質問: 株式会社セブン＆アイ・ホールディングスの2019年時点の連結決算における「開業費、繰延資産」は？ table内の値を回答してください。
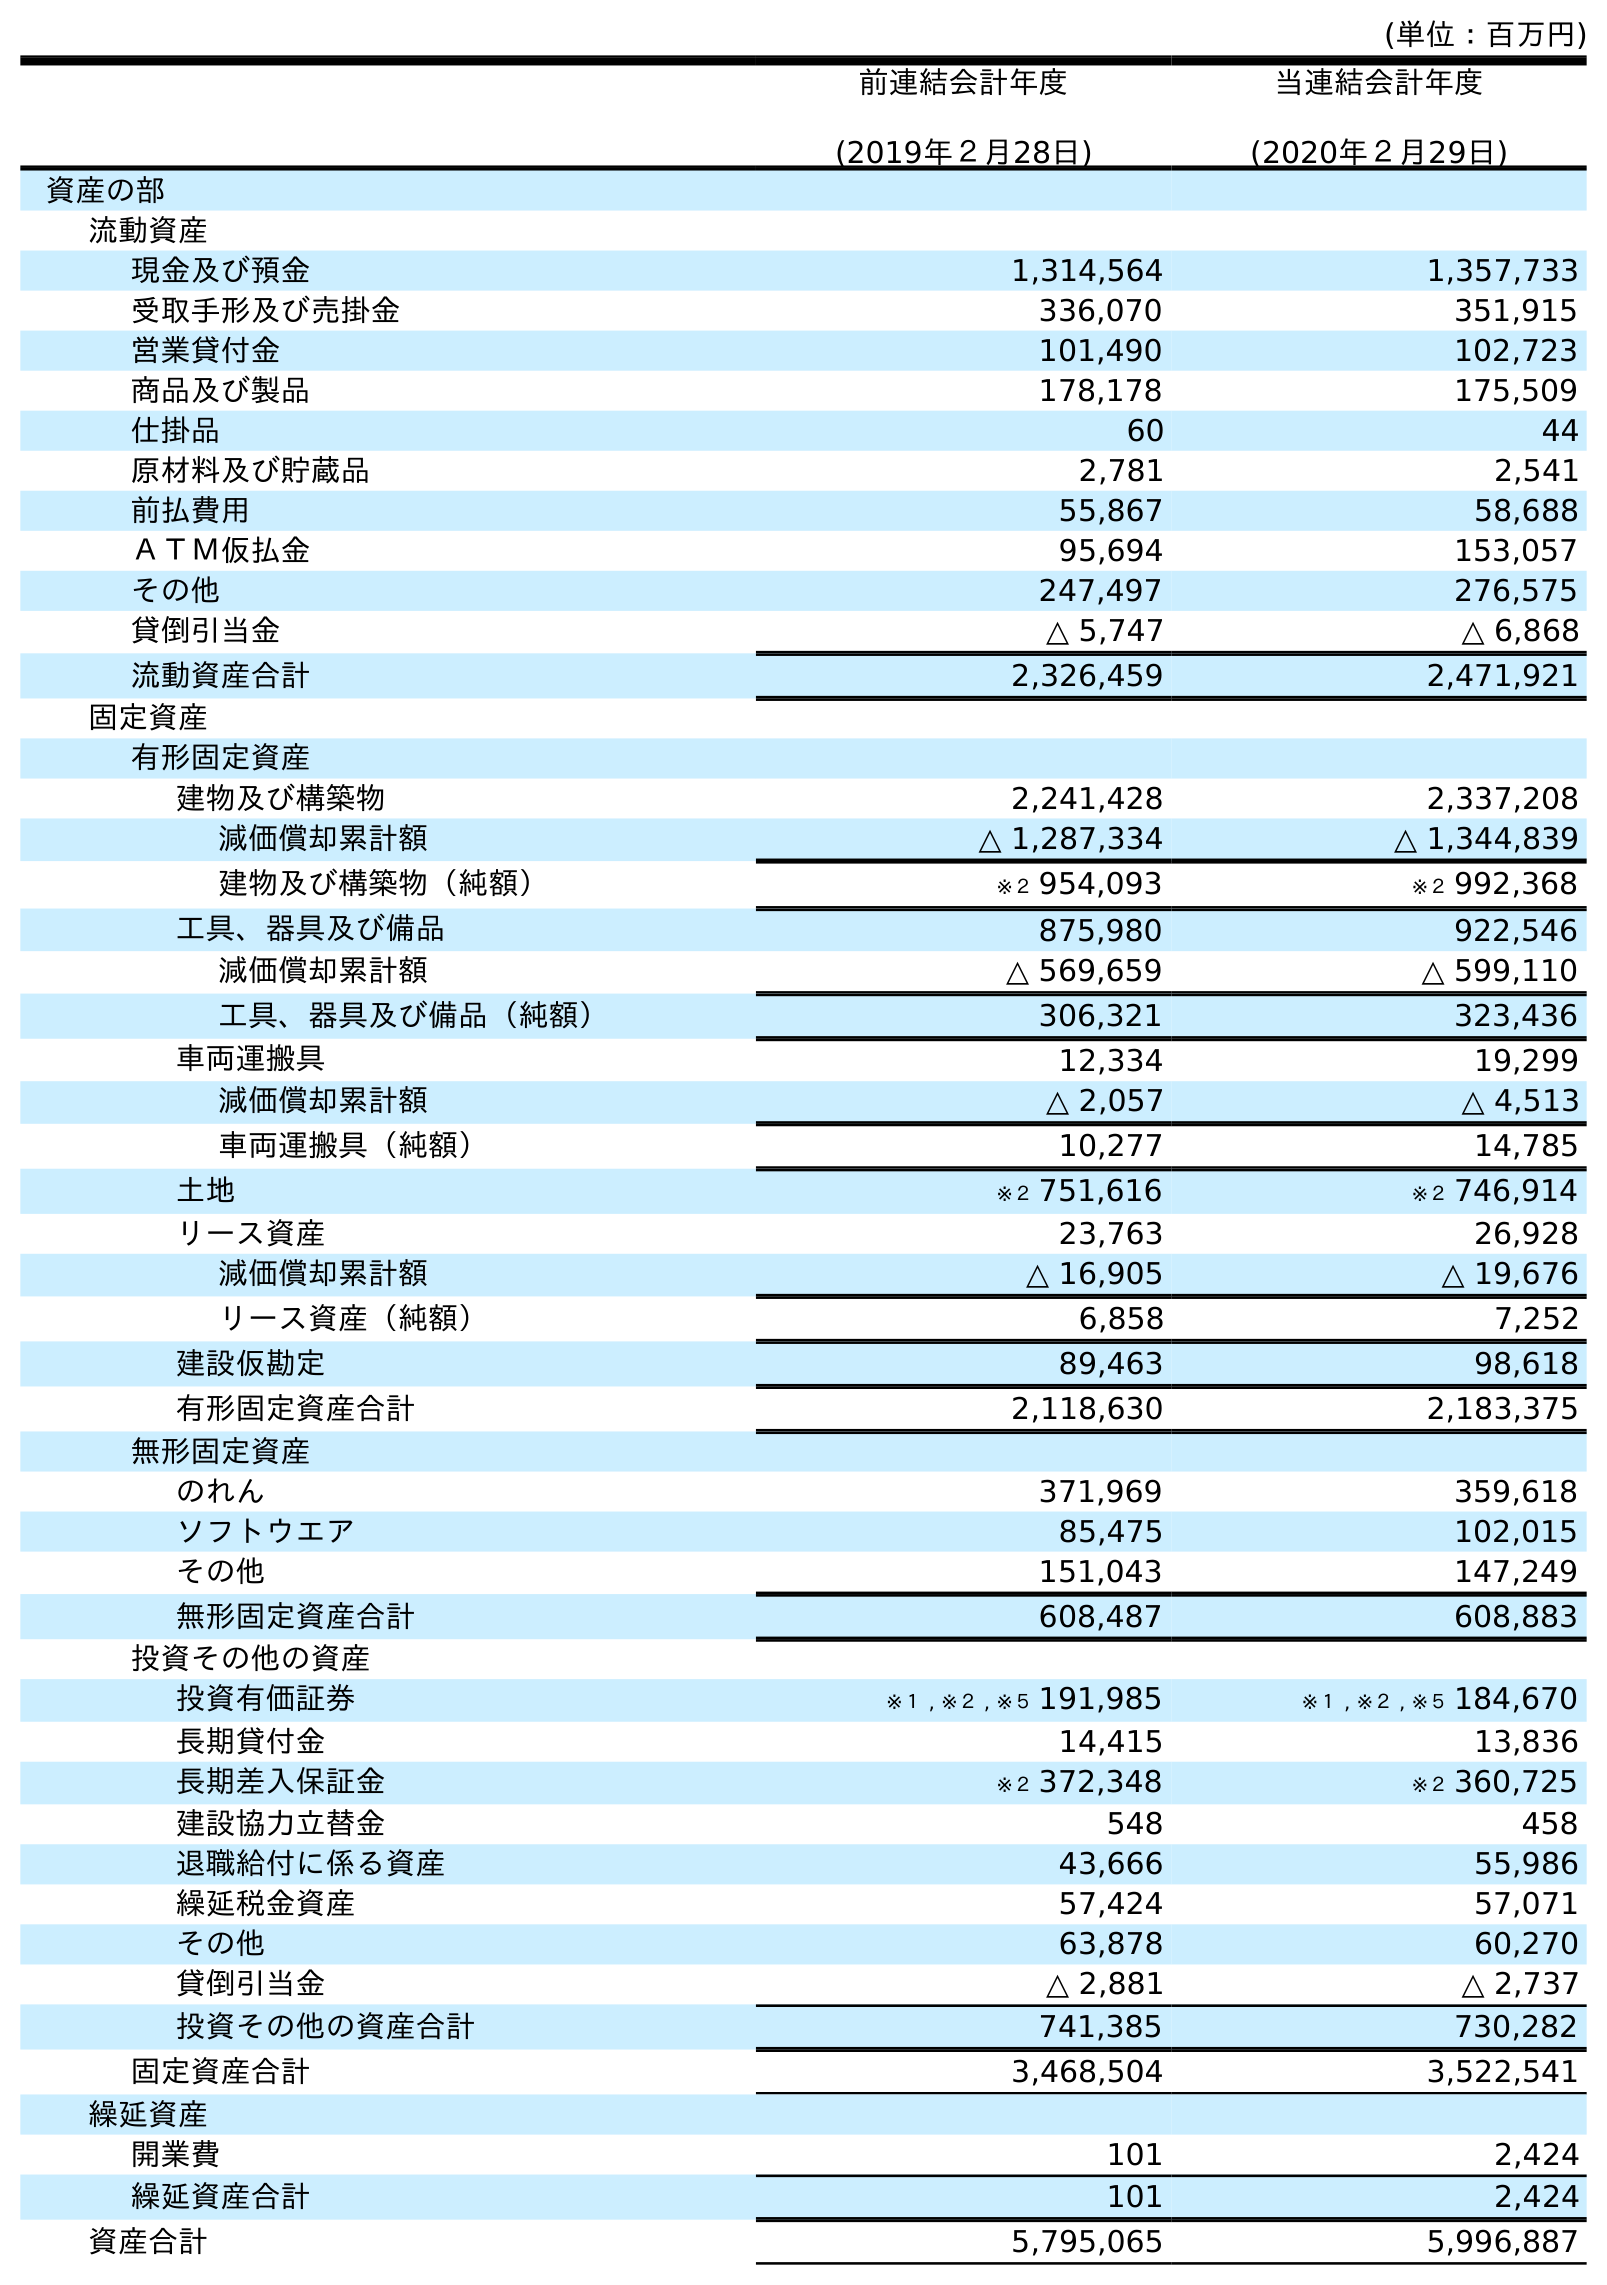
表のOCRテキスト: (単位：百万円) 前連結会計年度 (2019年２月28日) 当連結会計年度 (2020年２月29日) 資産の部 流動資産 現金及び預金 1,314,564 1,357,733 受取手形及び売掛金 336,070 351,915 営業貸付金 101,490 102,723 商品及び製品 178,178 175,509 仕掛品 60 44 原材料及び貯蔵品 2,781 2,541 前払費用 55,867 58,688 ＡＴＭ仮払金 95,694 153,057 その他 247,497 276,575 貸倒引当金 △ 5,747 △ 6,868 流動資産合計 2,326,459 2,471,921 固定資産 有形固定資産 建物及び構築物 2,241,428 2,337,208 減価償却累計額 △ 1,287,334 △ 1,344,839 建物及び構築物（純額） ※２ 954,093 ※２ 992,368 工具、器具及び備品 875,980 922,546 減価償却累計額 △ 569,659 △ 599,110 工具、器具及び備品（純額） 306,321 323,436 車両運搬具 12,334 19,299 減価償却累計額 △ 2,057 △ 4,513 車両運搬具（純額） 10,277 14,785 土地 ※２ 751,616 ※２ 746,914 リース資産 23,763 26,928 減価償却累計額 △ 16,905 △ 19,676 リース資産（純額） 6,858 7,252 建設仮勘定 89,463 98,618 有形固定資産合計 2,118,630 2,183,375 無形固定資産 のれん 371,969 359,618 ソフトウエア 85,475 102,015 その他 151,043 147,249 無形固定資産合計 608,487 608,883 投資その他の資産 投資有価証券 ※１ , ※２ , ※５ 191,985 ※１ , ※２ , ※５ 184,670 長期貸付金 14,415 13,836 長期差入保証金 ※２ 372,348 ※２ 360,725 建設協力立替金 548 458 退職給付に係る資産 43,666 55,986 繰延税金資産 57,424 57,071 その他 63,878 60,270 貸倒引当金 △ 2,881 △ 2,737 投資その他の資産合計 741,385 730,282 固定資産合計 3,468,504 3,522,541 繰延資産 開業費 101 2,424 繰延資産合計 101 2,424 資産合計 5,795,065 5,996,887
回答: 101